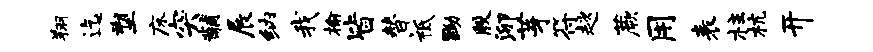
翔迄塑床突黼展纳我榆皆替祗黝殷泖芽符趑蕨用表柱杭开